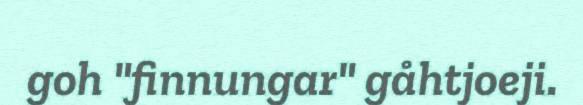
goh "finnungar" gåhtjoeji.